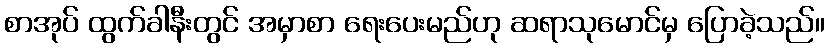
စာအုပ် ထွက်ခါနီးတွင် အမှာစာ ရေးပေးမည်ဟု ဆရာသုမောင်မှ ပြောခဲ့သည်။